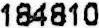
184810